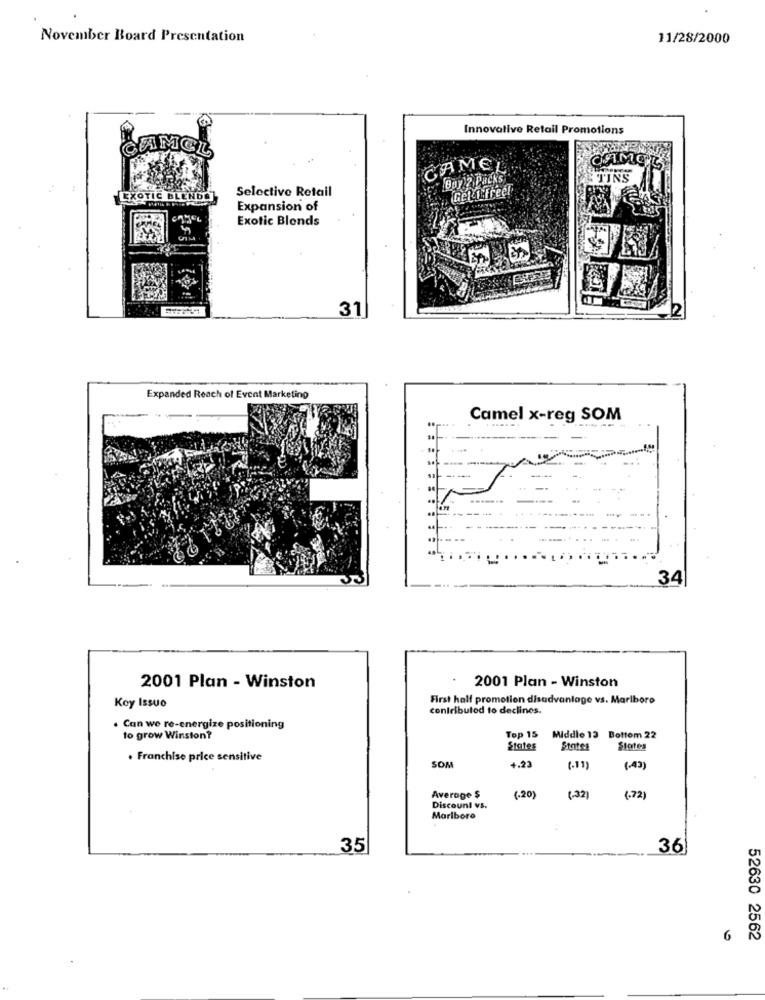
November Board Presentation
11/28/2000
Innovative Retail Promotions
CAMEL
CAMEL
CAMEL
Buy 2 Packs
TINS
Selective Retail
Get 1 Freel
EXOTIC BLENDA
Expansion of
Exotic Blonds
31
Expanded Reach of Event Marketing
Camel x-reg SOM
--
----
34
2001 Plan - Winston
2001 Plan - Winston
First half promotion disadvantage vs. Marlboro
Key Issuo
contributed to declines.
. Can we re-energize positioning
to grow Winston?
Top 15 Middle 13 Bottom 22
States
States
States
. Franchise price sensitive
SOM
+.23
(.11)
(.43)
Average $
(.20)
(.32)
(.72)
Discount vs.
Marlboro
35
36
6
52630 2562